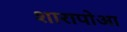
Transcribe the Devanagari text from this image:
शारापोआ